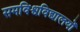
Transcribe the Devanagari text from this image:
समविश्वविद्यालयों